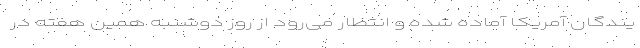
یندگان آمریکا آماده شده و انتظار می‌رود از روز دوشنبه همین هفته در